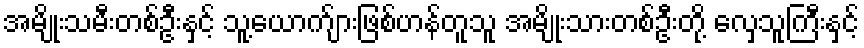
အမျိုးသမီးတစ်ဦးနှင့် သူ့ယောက်ျားဖြစ်ဟန်တူသူ အမျိုးသားတစ်ဦးတို့ လှေသူကြီးနှင့်